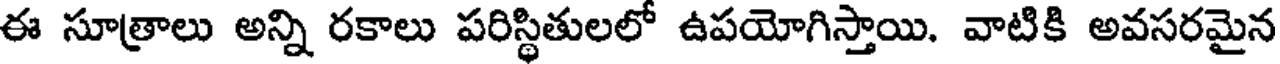
ఈ సూత్రాలు అన్ని రకాలు పరిస్థితులలో ఉపయోగిస్తాయి. వాటికి అవసరమైన